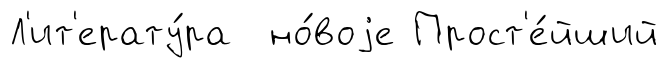
Л'ит'ерату́ра но́воjе Прост'е́йший